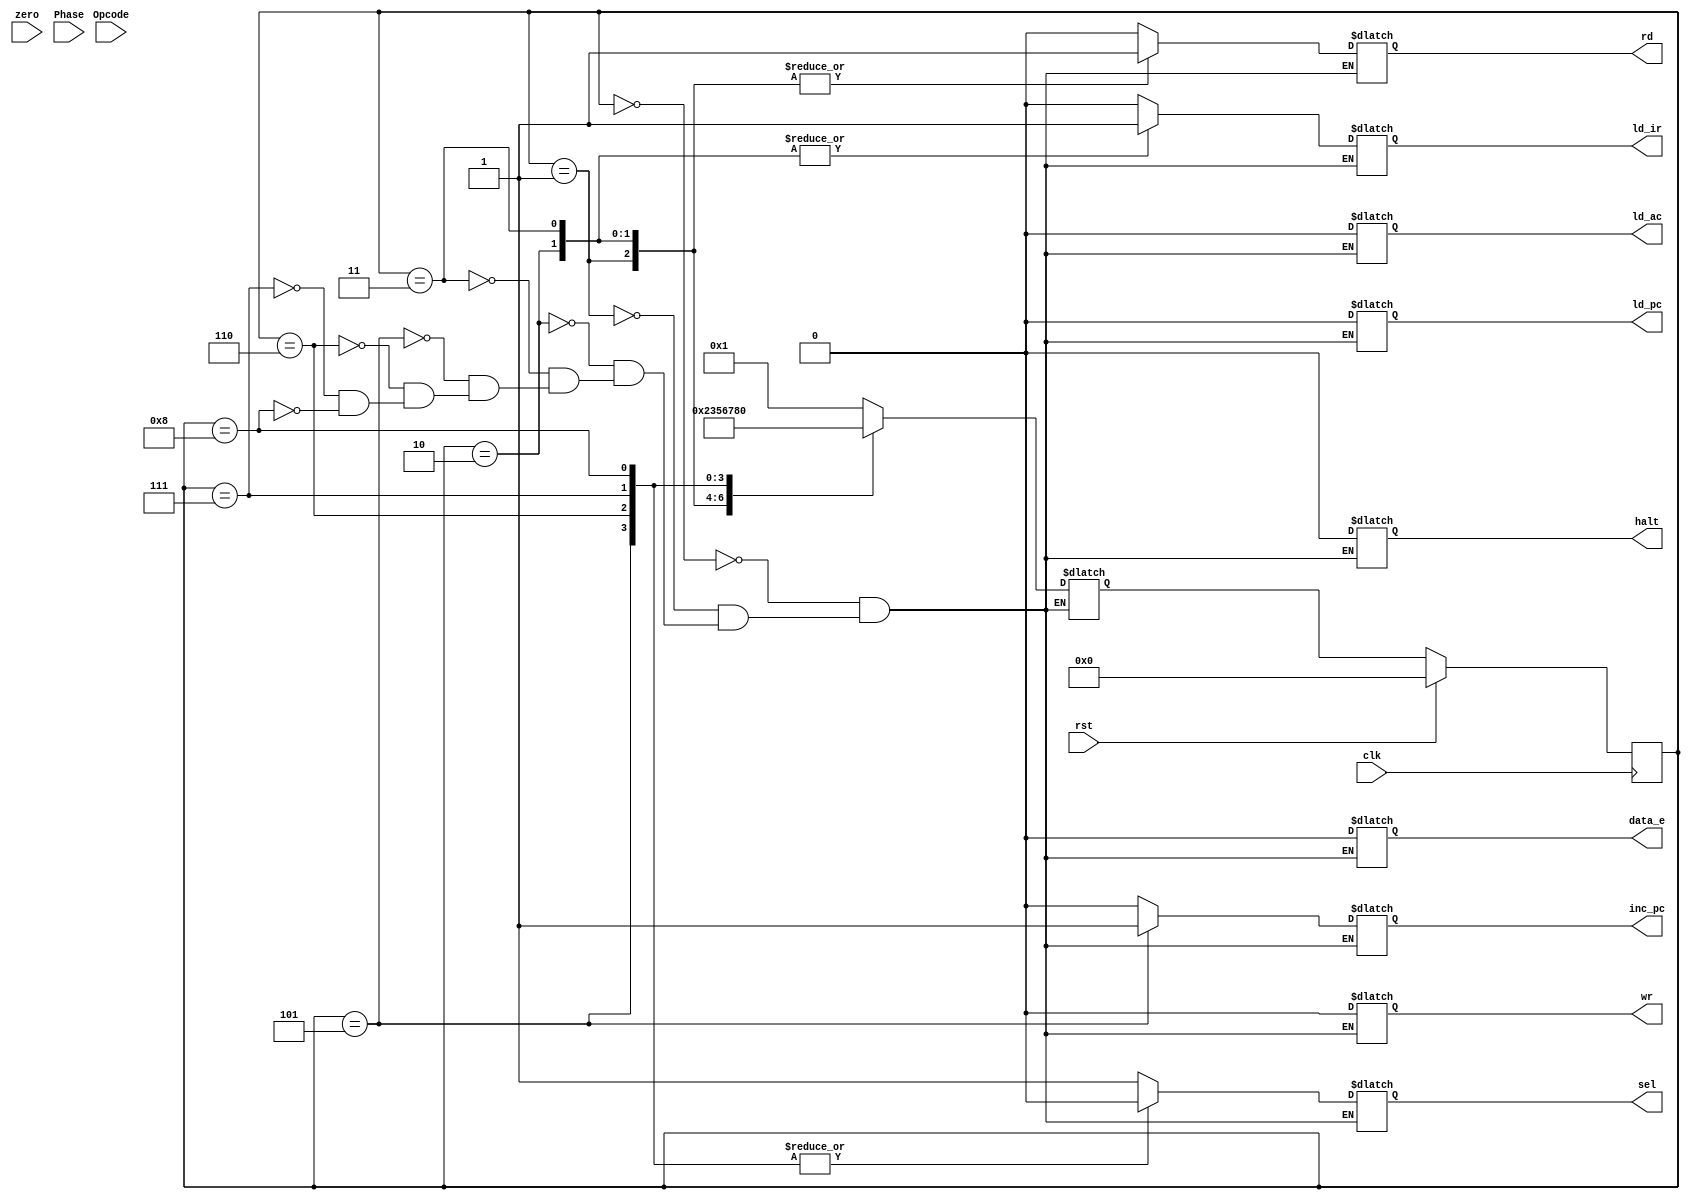
module controller#(localparam Width = 3)(input rst,
                                               zero,
                                               Phase,
                                         input wire [Width:0] Opcode,
                                         input      clk,
                                         output reg sel,
                                                    rd,
                                                    ld_ir,
                                                    halt,
                                                    inc_pc,
                                                    ld_ac,
                                                    wr,
                                                    ld_pc,
                                                    data_e
);
        parameter [3:0] INST_ADDR  = 4'h0,
                        INST_FETCH = 4'h1,
                        INST_LOAD  = 4'h2,
                        IDLE       = 4'h3,
                        OP_ADDR    = 4'h5,
                        OP_FETCH   = 4'h6,
                        ALU_OP     = 4'h7,
                        STORE      = 4'h8;
        reg [3:0] current_state, next_state;
        always@(*)begin
            case(current_state)
                 INST_ADDR : next_state = INST_FETCH;
                 INST_FETCH: next_state = INST_LOAD            ;
                 INST_LOAD : next_state = IDLE                 ;
                 IDLE      : next_state = OP_ADDR              ;
                 OP_ADDR   : next_state = OP_FETCH             ;
                 OP_FETCH  : next_state = ALU_OP               ;
                 ALU_OP    : next_state = STORE                ;
                 STORE     : next_state = INST_ADDR            ;
            endcase
        end
        always@(posedge clk)begin
            current_state <= rst ? 0 : next_state;
        end
        
        always@(*)begin
            case(current_state)
                INST_ADDR :{sel,rd,ld_ir,halt,inc_pc,ld_ac,ld_pc,wr,data_e} = 9'b1_0000_0000;
                INST_FETCH:{sel,rd,ld_ir,halt,inc_pc,ld_ac,ld_pc,wr,data_e} = 9'b1_1000_0000;
                INST_LOAD :{sel,rd,ld_ir,halt,inc_pc,ld_ac,ld_pc,wr,data_e} = 9'b1_1100_0000;
                IDLE      :{sel,rd,ld_ir,halt,inc_pc,ld_ac,ld_pc,wr,data_e} = 9'b1_1100_0000;
                OP_ADDR   :{sel,rd,ld_ir,halt,inc_pc,ld_ac,ld_pc,wr,data_e} = 9'b0_00z1_0000;
                OP_FETCH  :{sel,rd,ld_ir,halt,inc_pc,ld_ac,ld_pc,wr,data_e} = 9'b0_z000_000z;
                ALU_OP    :{sel,rd,ld_ir,halt,inc_pc,ld_ac,ld_pc,wr,data_e} = 9'b0_z000_0000;
                STORE     :{sel,rd,ld_ir,halt,inc_pc,ld_ac,ld_pc,wr,data_e} = 9'b0_z000_0000;
            endcase
        end
endmodule